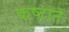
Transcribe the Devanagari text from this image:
कष्‍टाने